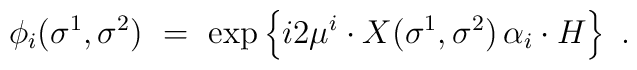
\phi_i(\sigma^1,\sigma^2)\ =\    \exp \left\{ i2\mu^i\cdot X(\sigma^1,\sigma^2)\,                 \alpha_i\cdot H \right\}\ .